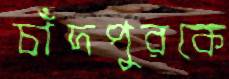
চাঁদপুরকে